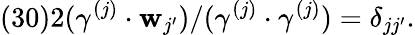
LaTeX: (30)2(\gamma^{(j)}\cdot{\mathbf w}_{j^{\prime}})/(\gamma^{(j)}\cdot\gamma^{(j)})=\delta_{jj^{\prime}}.